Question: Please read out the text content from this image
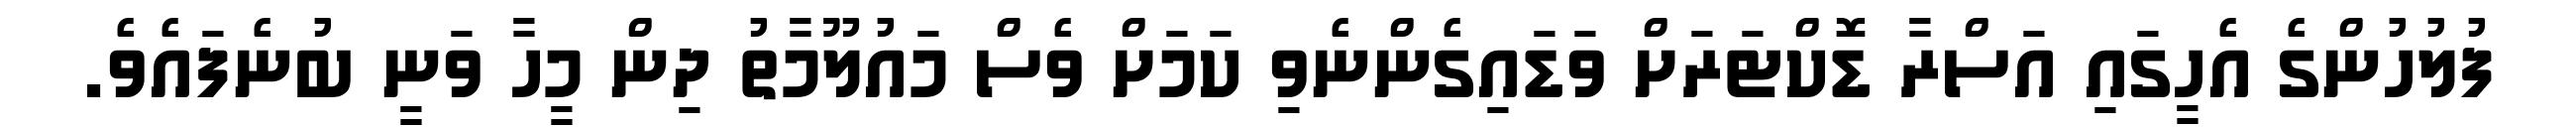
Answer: ފުލުހުންގެ އެހީގައި އަސްރާ ޑޮކްޓަރަށް ވަޑައިގެންނެވި ކަމަށް ވެސް މައުލޫމާތު ދިން މީހާ ވަނީ ބުނެފައެވެ.